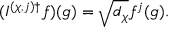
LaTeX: ( I ^ { ( \chi , j ) \dagger } f ) ( g ) = \sqrt { d _ { \chi } } f ^ { j } ( g ) .